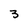
Character: 3